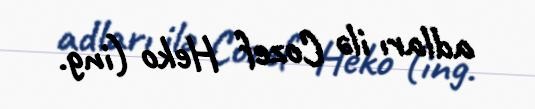
adları ilə Cozef Heko (ing.